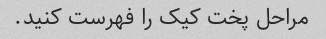
مراحل پخت کیک را فهرست کنید.